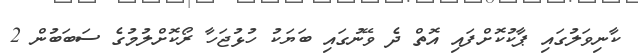
ކާނިވަލުގައި ޕާކުކޮށްފައި އޮތް ދެ ވޭނުގައި ބަޔަކު ހުޅުޖަހާ ރޯކޮށްލުމުގެ ސަބަބުން 2